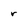
Character: r